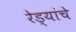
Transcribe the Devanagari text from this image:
रेड्यांचे